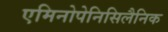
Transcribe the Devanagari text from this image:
एमिनोपेनिसिलैनिक